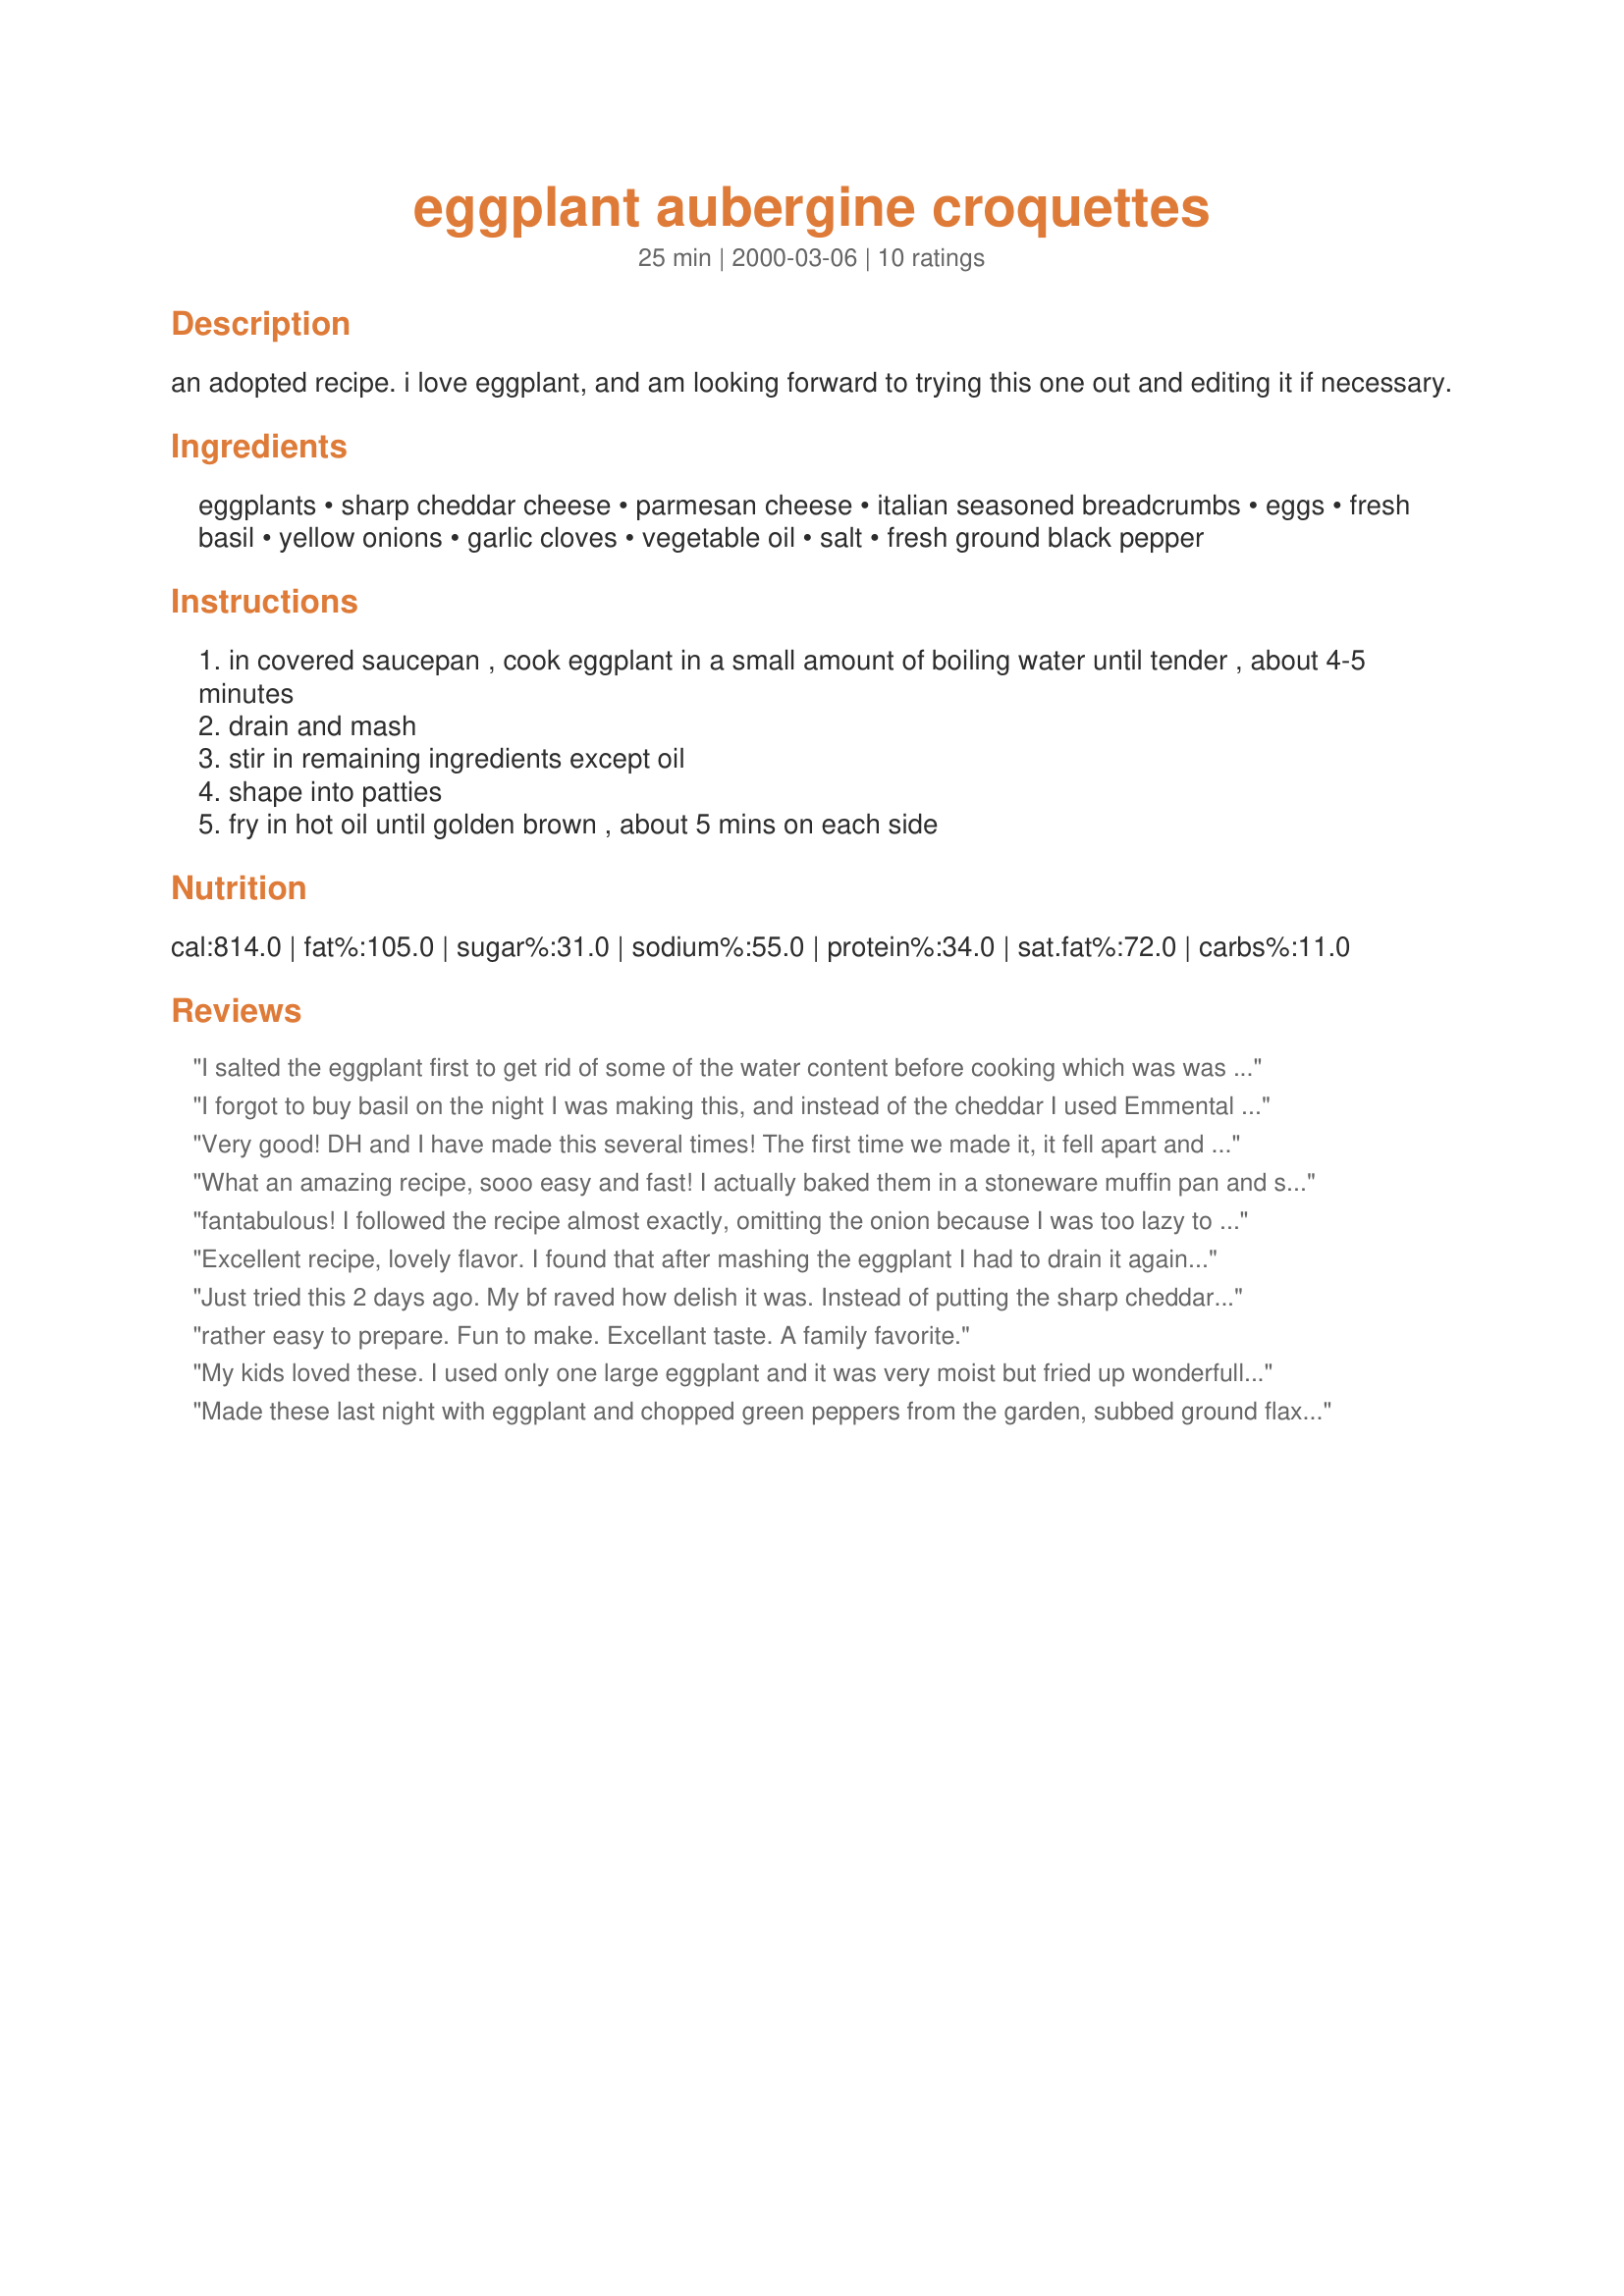
eggplant aubergine croquettes
Preparation time: 25 minutes

an adopted recipe. i love eggplant, and am looking forward to trying this one out and editing it if necessary.

Ingredients:
eggplants, sharp cheddar cheese, parmesan cheese, italian seasoned breadcrumbs, eggs, fresh basil, yellow onions, garlic cloves, vegetable oil, salt, fresh ground black pepper

Steps:
in covered saucepan , cook eggplant in a small amount of boiling water until tender , about 4-5 minutes
drain and mash
stir in remaining ingredients except oil
shape into patties
fry in hot oil until golden brown , about 5 mins on each side

Reviews:
I salted the eggplant first to get rid of some of the water content before cooking which was was a waste of time because it gets cooked. As a result the dish came out a little too salty. They were very good, though. Thanks for the recipe!
I forgot to buy basil on the night I was making this, and instead of the cheddar I used Emmental (because that is the kind of cheese you can buy shredded at the French supermarket). It was YUMMY! I made two big eggplant "omelets" instead of smaller croquettes and my eggplant-wary copain said it was delicious. Next time I make it, I might want to try adding chopped tomatoes to the mix.
Very good! DH and I have made this several times! The first time we made it, it fell apart and was a little bit runny. I credit this to not fully draining the eggplant. After this I put the cooked and chopped eggplant in a couple of paper towels (sounds weird, but no paper towel fibers stuck to the eggplant) and squeezed the water out. It had a much thicker consistency and was easier to work with. Wonderful!
What an amazing recipe, sooo easy and fast! I actually baked them in a stoneware muffin pan and served them w/wild mushroom cous cous and sauteed spinach. I Can't wait to make them again!
fantabulous! I followed the recipe almost exactly, omitting the onion because I was too lazy to chop. These were easy and so tasty. I mashed my eggplant in a colander over the sink and the batter was still running but they turned out wonderful.
Excellent recipe, lovely flavor. I found that after mashing the eggplant I had to drain it again. There was just too much moisture. Then I made up the patties and placed them on a triple layer of paper towels on a plate in the fridge to allow further m oisture to drain and repeated this twice more.
Just tried this 2 days ago. My bf raved how delish it was. Instead of putting the sharp cheddar in, though, all I had was an Italian blend cheese in the fridge. I didn't try to form into patties, just dumped a patty-size mound in the pan and it cooked very nicely that way. Just made sure the heat wasn't too high so it would brown nicely without losing its shape. Definately will be using this one again next season!
rather easy to prepare. Fun to make. Excellant taste. A family favorite.
My kids loved these. I used only one large eggplant and it was very moist but fried up wonderfully. I definitely recomend this recipe.
Made these last night with eggplant and chopped green peppers from the garden, subbed ground flaxseed and quinoa for some of the breadcrumbs. You can easily add more if the mixture is too runny. Definitely drain the eggplant after cooking down. <br/>I like made them into cylinder shapes - they are delicious with a bit of greek yogurt or sour cream on the side!
